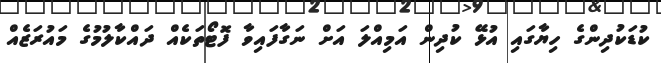
ކުޑަކުދިންގެ ހިޔާގައި އުޅޭ ކުދިން އަމިއްލަ އަށް ނަގާފައިވާ ފޮޓޯތަކެއް ދައްކާލުމުގެ މައުރަޒެއް